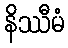
နိဿီမံ